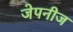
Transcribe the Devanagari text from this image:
जेपनीज